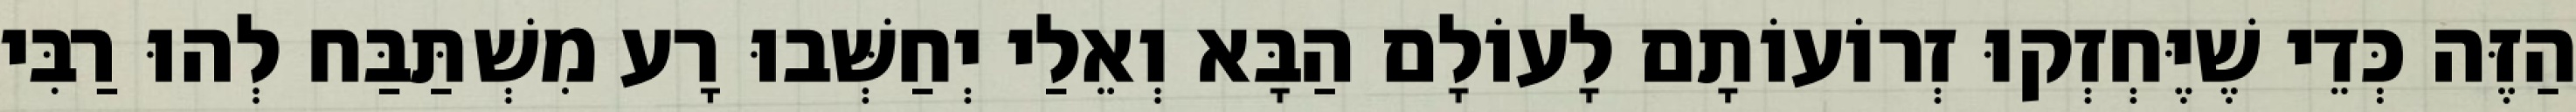
הַזֶּה כְּדֵי שֶׁיֶּחְזְקוּ זְרוֹעוֹתָם לָעוֹלָם הַבָּא וְאֵלַי יְחַשְּׁבוּ רָע מִשְׁתַּבַּח לְהוּ רַבִּי